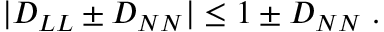
| D _ { L L } \pm D _ { N N } | \leq 1 \pm D _ { N N } \; .